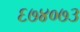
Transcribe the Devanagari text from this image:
६७४०७३